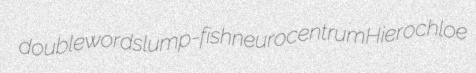
doublewords lump-fish neurocentrum Hierochloe